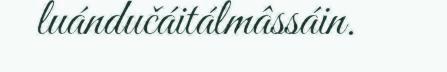
luándučáitálmâssáin.